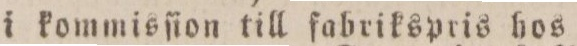
i kommisſion till fabrikspris hos